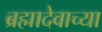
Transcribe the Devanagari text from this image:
ब्रह्मादेवाच्या